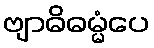
ဗျာဓိဓမ္မံပေ